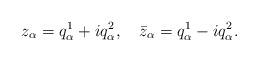
LaTeX: \begin{align*}z_\alpha = q^1_\alpha + i q^2_\alpha,\quad \bar z_\alpha = q^1_\alpha - iq^2_\alpha.\end{align*}